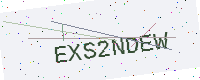
Text: EXS2NDEW